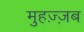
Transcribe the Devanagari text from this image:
मुहज़्ज़ब